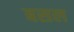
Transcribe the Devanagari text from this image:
बसल